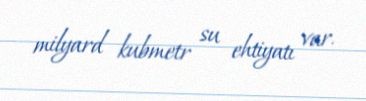
milyard kubmetr su ehtiyatı var.